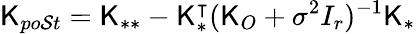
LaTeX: \mathsf{K}_{po\mathcal{S}t}=\mathsf{K}_{**}-\mathsf{K}_{*}^{\intercal}(\mathsf{K}_{O}+\sigma^{2}I_{r})^{-1}\mathsf{K}_{*}